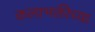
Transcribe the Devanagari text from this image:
कलाभक्तीच्या